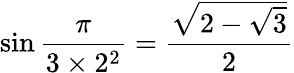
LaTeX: \sin{\frac{\pi}{3\times 2^{2}}}={\frac{\sqrt{2-{\sqrt{3}}}}{2}}